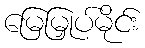
မြေမြှုပ်မိုင်း